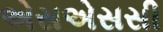
એસએસસી